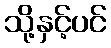
သို့နှင့်ပင်